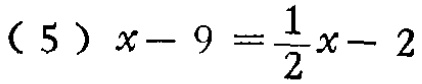
\((5)\ x - 9=\frac{1}{2}x - 2\)